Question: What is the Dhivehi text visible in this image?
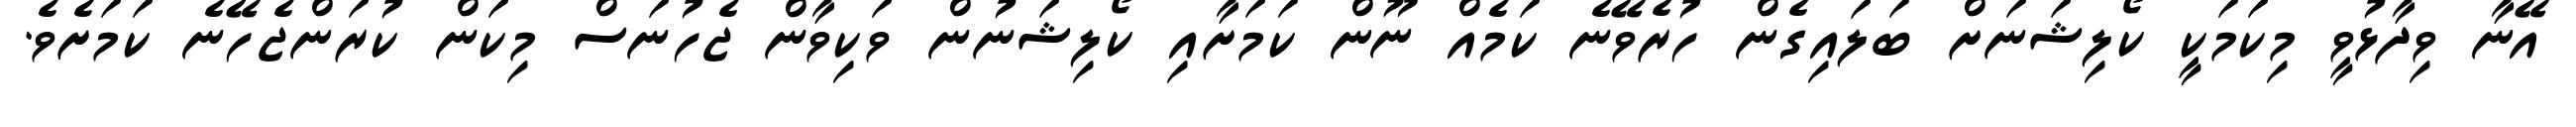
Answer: އޭނާ ވިދާޅުވީ މިކަމަކީ ކޯލިޝަނަށް ބަލައިގެން ހުރެވޭނެ ކަމެއް ނޫން ކަމަށާއި ކޯލިޝަނުން ވަކިވާން ޖެހުނަސް މިކަން ކުރަންޖެހޭނެ ކަމަށެވެ.